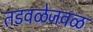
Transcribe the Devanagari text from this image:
तडवळेजवळ